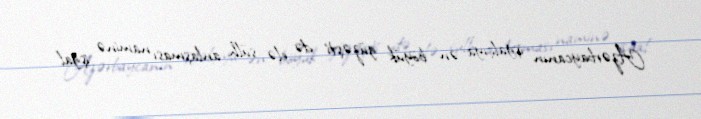
Azərbaycanın işğalçıya ən böyük güzəşti də elə sülh anlaşması naminə işğal